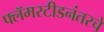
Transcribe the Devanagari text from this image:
फ्लॅमस्टीडनंतरचे